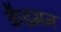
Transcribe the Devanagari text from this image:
कैडमन